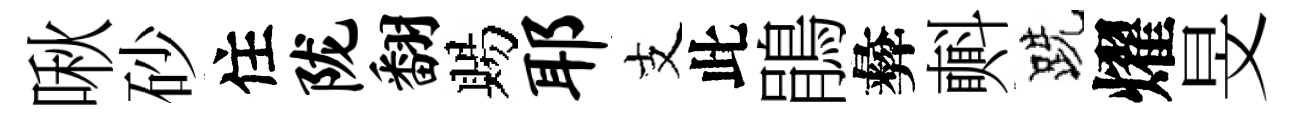
啾砂住陇翻賜耶支此鵑彜㪺跣燿旻